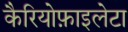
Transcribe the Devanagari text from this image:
कैरियोफ़ाइलेटा